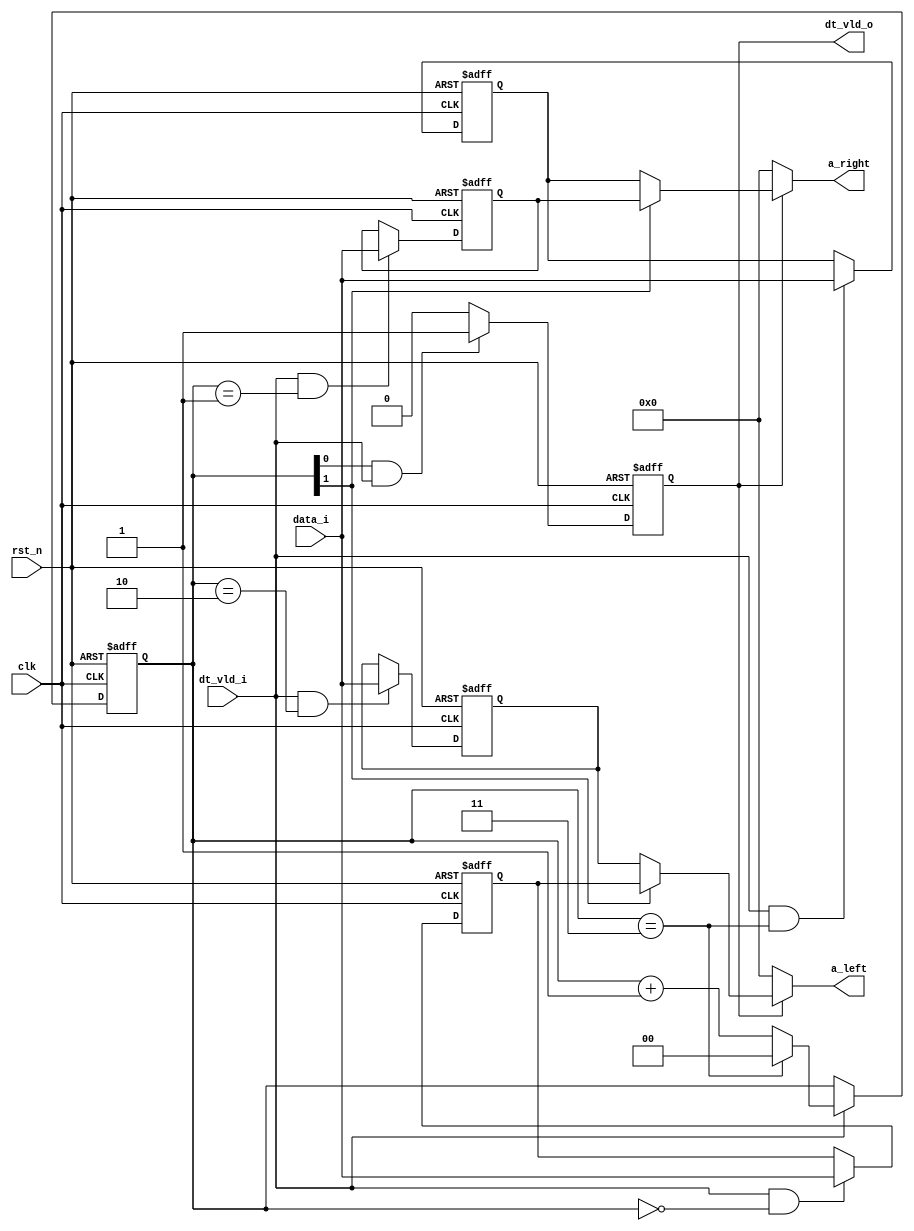
module input_ctrl
#(parameter WID_D = 32)
(
    input                           clk,
    input                           rst_n,
    input           [WID_D-1:0]     data_i,
    input                           dt_vld_i,
    output  reg     [WID_D-1:0]     a_left,
    output  reg     [WID_D-1:0]     a_right,
    output  reg                     dt_vld_o
);
parameter U_DLY = 0.1;
reg [WID_D-1:0] dt_st[4]; // in order to ctrl convenient, use 4 reg
reg [1:0]       wr_ptr;

always @(posedge clk or negedge rst_n) begin
    if(!rst_n) begin
        wr_ptr <= #U_DLY 'd0;
    end
    else if(dt_vld_i) begin
        wr_ptr <= #U_DLY (wr_ptr == 2'd3) ? 2'd0 : (wr_ptr + 2'd1);
    end
end

genvar i; 
generate
    for (i = 0; i < 4 ; i++) begin:DATA_ST
        always @(posedge clk or negedge rst_n) begin
            if(!rst_n) begin
                dt_st[i] <= #U_DLY 'd0;
            end
            else if (dt_vld_i && (wr_ptr == i))begin
                dt_st[i] <= #U_DLY data_i;
            end
        end
    end
endgenerate

always @(posedge clk or negedge rst_n) begin // to generate vld signal
    if(!rst_n)                         dt_vld_o <= #U_DLY 'd0;
    else if (wr_ptr[0] && dt_vld_i)    dt_vld_o <= #U_DLY 1'b1;
    else                               dt_vld_o <= #U_DLY 1'b0; 
end

always @(*) begin
    if((dt_vld_o == 1)) begin // choose data0 and 1 or 2 and 3
        a_left  = wr_ptr[1] ? dt_st[0] : dt_st[2];
        a_right = wr_ptr[1] ? dt_st[1] : dt_st[3]; 
    end
    else begin
        a_left  =   'd0;
        a_right =   'd0;
    end
end


endmodule